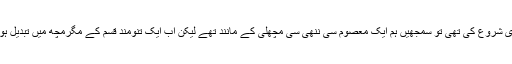
جب نوکری شروع کی تھی تو سمجھیں ہم ایک معصوم سی ننھی سی مچھلی کے مانند تھے لیکن اب ایک تنومند قسم کے مگرمچھ میں تبدیل ہو گئے ہیں۔